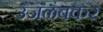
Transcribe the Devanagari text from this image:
उजळंबकर